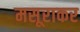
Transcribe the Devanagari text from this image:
मसूराकर